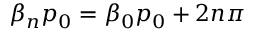
\beta _ { n } p _ { 0 } = \beta _ { 0 } p _ { 0 } + 2 n \pi